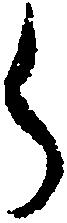
ら